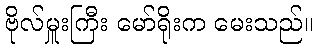
ဗိုလ်မှူးကြီး မော်ရိုးက မေးသည်။